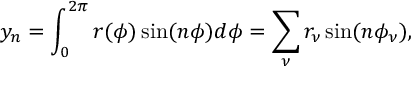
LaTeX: y _ { n } = \int _ { 0 } ^ { 2 \pi } r ( \phi ) \sin ( n \phi ) d \phi = \sum _ { \nu } r _ { \nu } \sin ( n \phi _ { \nu } ) ,